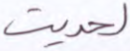
لحديث